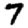
Digit: 7